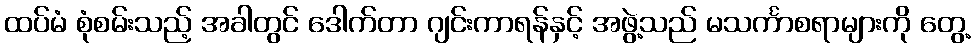
ထပ်မံ စုံစမ်းသည့် အခါတွင် ဒေါက်တာ ဂျင်းကာရန်နှင့် အဖွဲ့သည် မသင်္ကာစရာများကို တွေ့